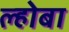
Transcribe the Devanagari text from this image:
ल्होबा